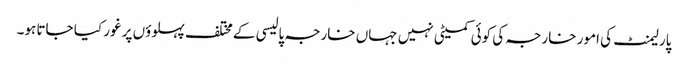
پارلیمنٹ کی امور خارجہ کی کوئی کمیٹی نہیں جہاں خارجہ پالیسی کے مختلف پہلوؤں پر غور کیا جاتا ہو۔